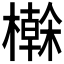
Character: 𭬕